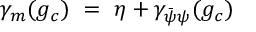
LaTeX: \gamma _ { m } ( g _ { c } ) ~ = ~ \eta + \gamma _ { \bar { \psi } \psi } ( g _ { c } )